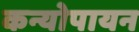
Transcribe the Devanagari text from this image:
कन्योपायन